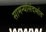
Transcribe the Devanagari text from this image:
सामन्यांसंदर्भात